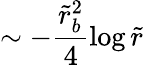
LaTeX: \sim-\frac{\tilde{r}_{b}^{2}}{4}\log\tilde{r}